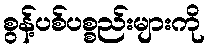
စွန့်ပစ်ပစ္စည်းများကို